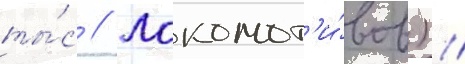
ты́с // Локомот'и́вов) //